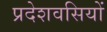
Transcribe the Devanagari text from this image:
प्रदेशवसियों